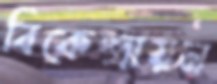
বিকেন্দ্রায়ন